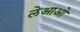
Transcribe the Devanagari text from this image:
लेआओ